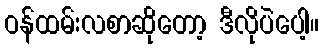
ဝန်ထမ်းလစာဆိုတော့ ဒီလိုပဲပေါ့။